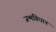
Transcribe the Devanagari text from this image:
जन्मविधान